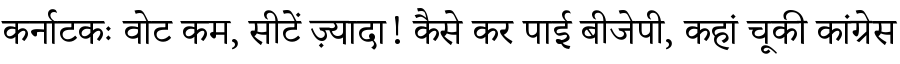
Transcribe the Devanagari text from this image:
कर्नाटकः वोट कम, सीटें ज़्यादा! कैसे कर पाई बीजेपी, कहां चूकी कांग्रेस